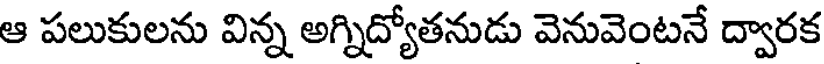
ఆ పలుకులను విన్న అగ్నిద్యోతనుడు వెనువెంటనే ద్వారక